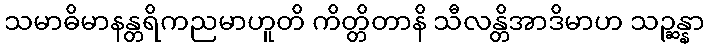
သမာဓိမာနန္တရိကညမာဟူတိ ကိတ္တိတာနိ သီလန္တိအာဒိမာဟ သဉ္ဆန္နာ